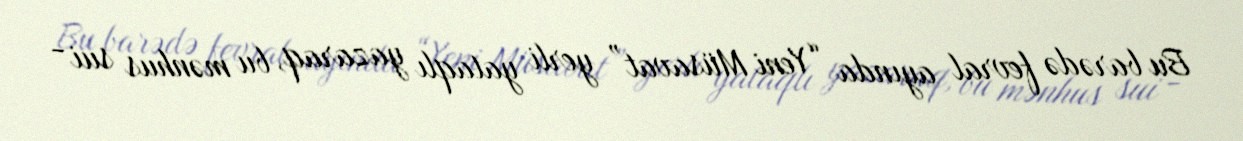
Bu barədə fevral ayında “Yeni Müsavat” yerli yataqlı yazaraq, bu mənhus sui -